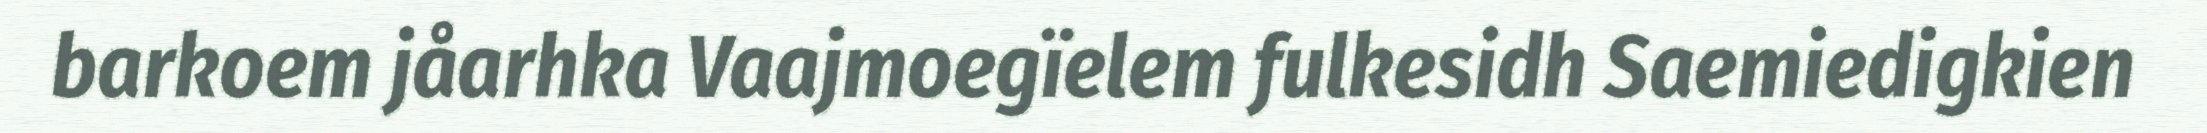
barkoem jåarhka Vaajmoegïelem fulkesidh Saemiedigkien